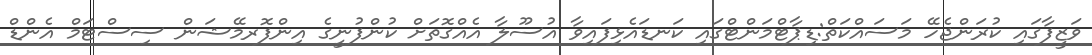
ވަޒީފާގައި ކުރަންޖެހޭ މަސައްކަތް:ޑިޕާޓްމަންޓްގައި ކަނޑައެޅިފައިވާ އުސޫލާ އެއްގޮތަށް ކުންފުނީގެ އިންފޮރމޭޝަން ސިސްޓަމް އެންޑް